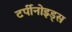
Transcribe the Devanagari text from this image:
टर्पीनोइड्स